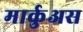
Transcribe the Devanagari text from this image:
मार्कुअस